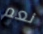
نعم